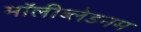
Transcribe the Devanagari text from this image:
मॉलीब्लेडनम